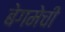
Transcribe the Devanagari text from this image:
बेगमेची